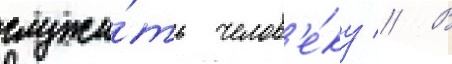
служи́ть челов'е́ку // В